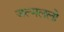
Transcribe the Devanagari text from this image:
जल्मललो